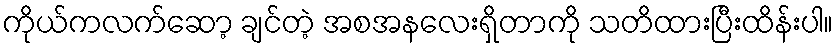
ကိုယ်ကလက်ဆော့ ချင်တဲ့ အစအနလေးရှိတာကို သတိထားပြီးထိန်းပါ။